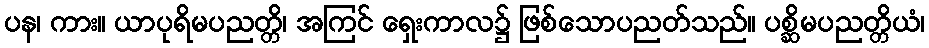
ပန၊ ကား။ ယာပုရိမပညတ္တိ၊ အကြင် ရှေးကာလ၌ ဖြစ်သောပညတ်သည်။ ပစ္ဆိမပညတ္တိယံ၊